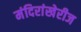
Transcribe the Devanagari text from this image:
मंदिरांखेरीज